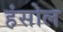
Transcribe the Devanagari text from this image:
हंसोल